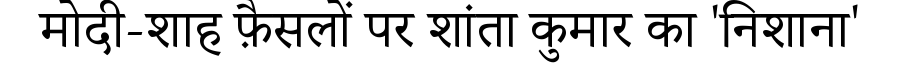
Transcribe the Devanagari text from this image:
मोदी-शाह फ़ैसलों पर शांता कुमार का 'निशाना'